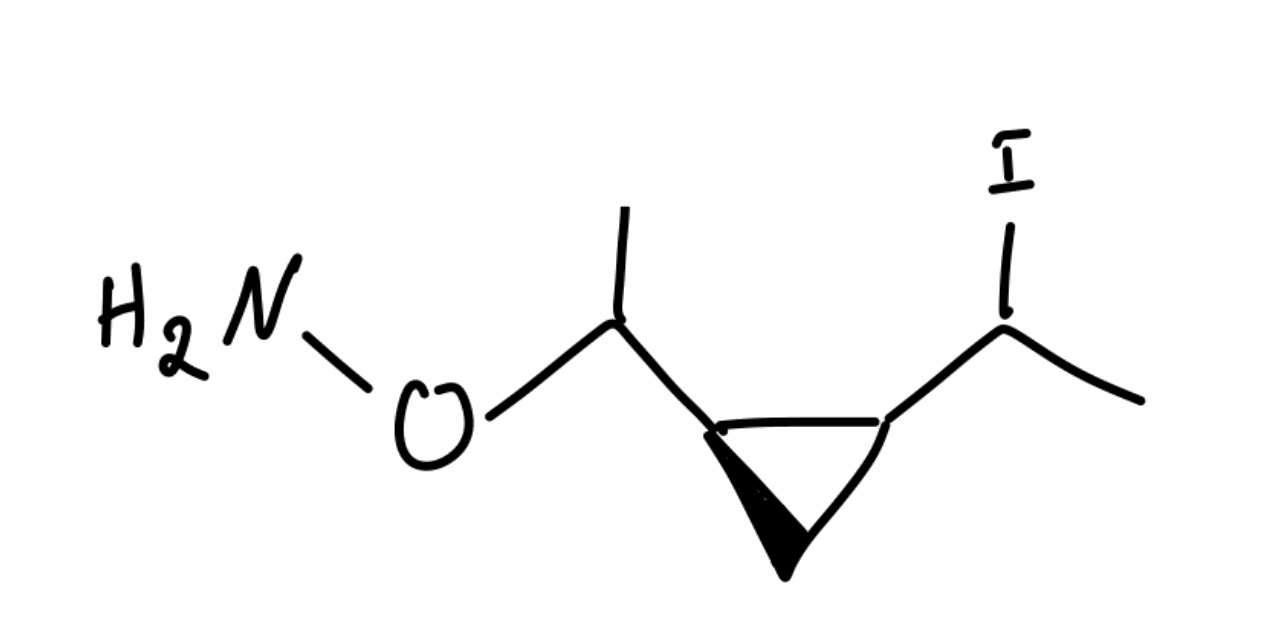
Simplified molecular-input line-entry system (SMILES) notation of the given molecule:
CC([C@@H]1CC1C(C)I)ON